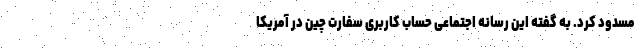
مسدود کرد. به گفته این رسانه اجتماعی حساب کاربری سفارت چین در آمریکا